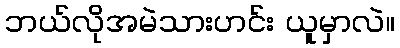
ဘယ်လိုအမဲသားဟင်း ယူမှာလဲ။